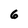
Character: 6